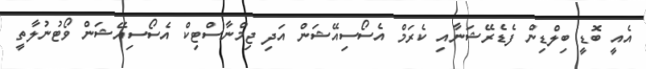
އެއީ ބޮޑީ ބިލްޑިން ފެޑެރޭޝަނާއި ކެރަމް އެސޯސިއޭޝަން އަދި ޖިމްނާސްޓިކް އެސޯސިއޭޝަން ވޯޓުނުލާތީ